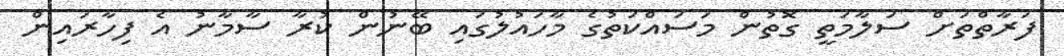
ފަރާތްތަށް ސަލާމަތީ ގޮތުން މަސައްކަތުގެ މާހައުލުގައި ބޭނުން ކުރާ ސާމާނު އެ ފިހާރައިން